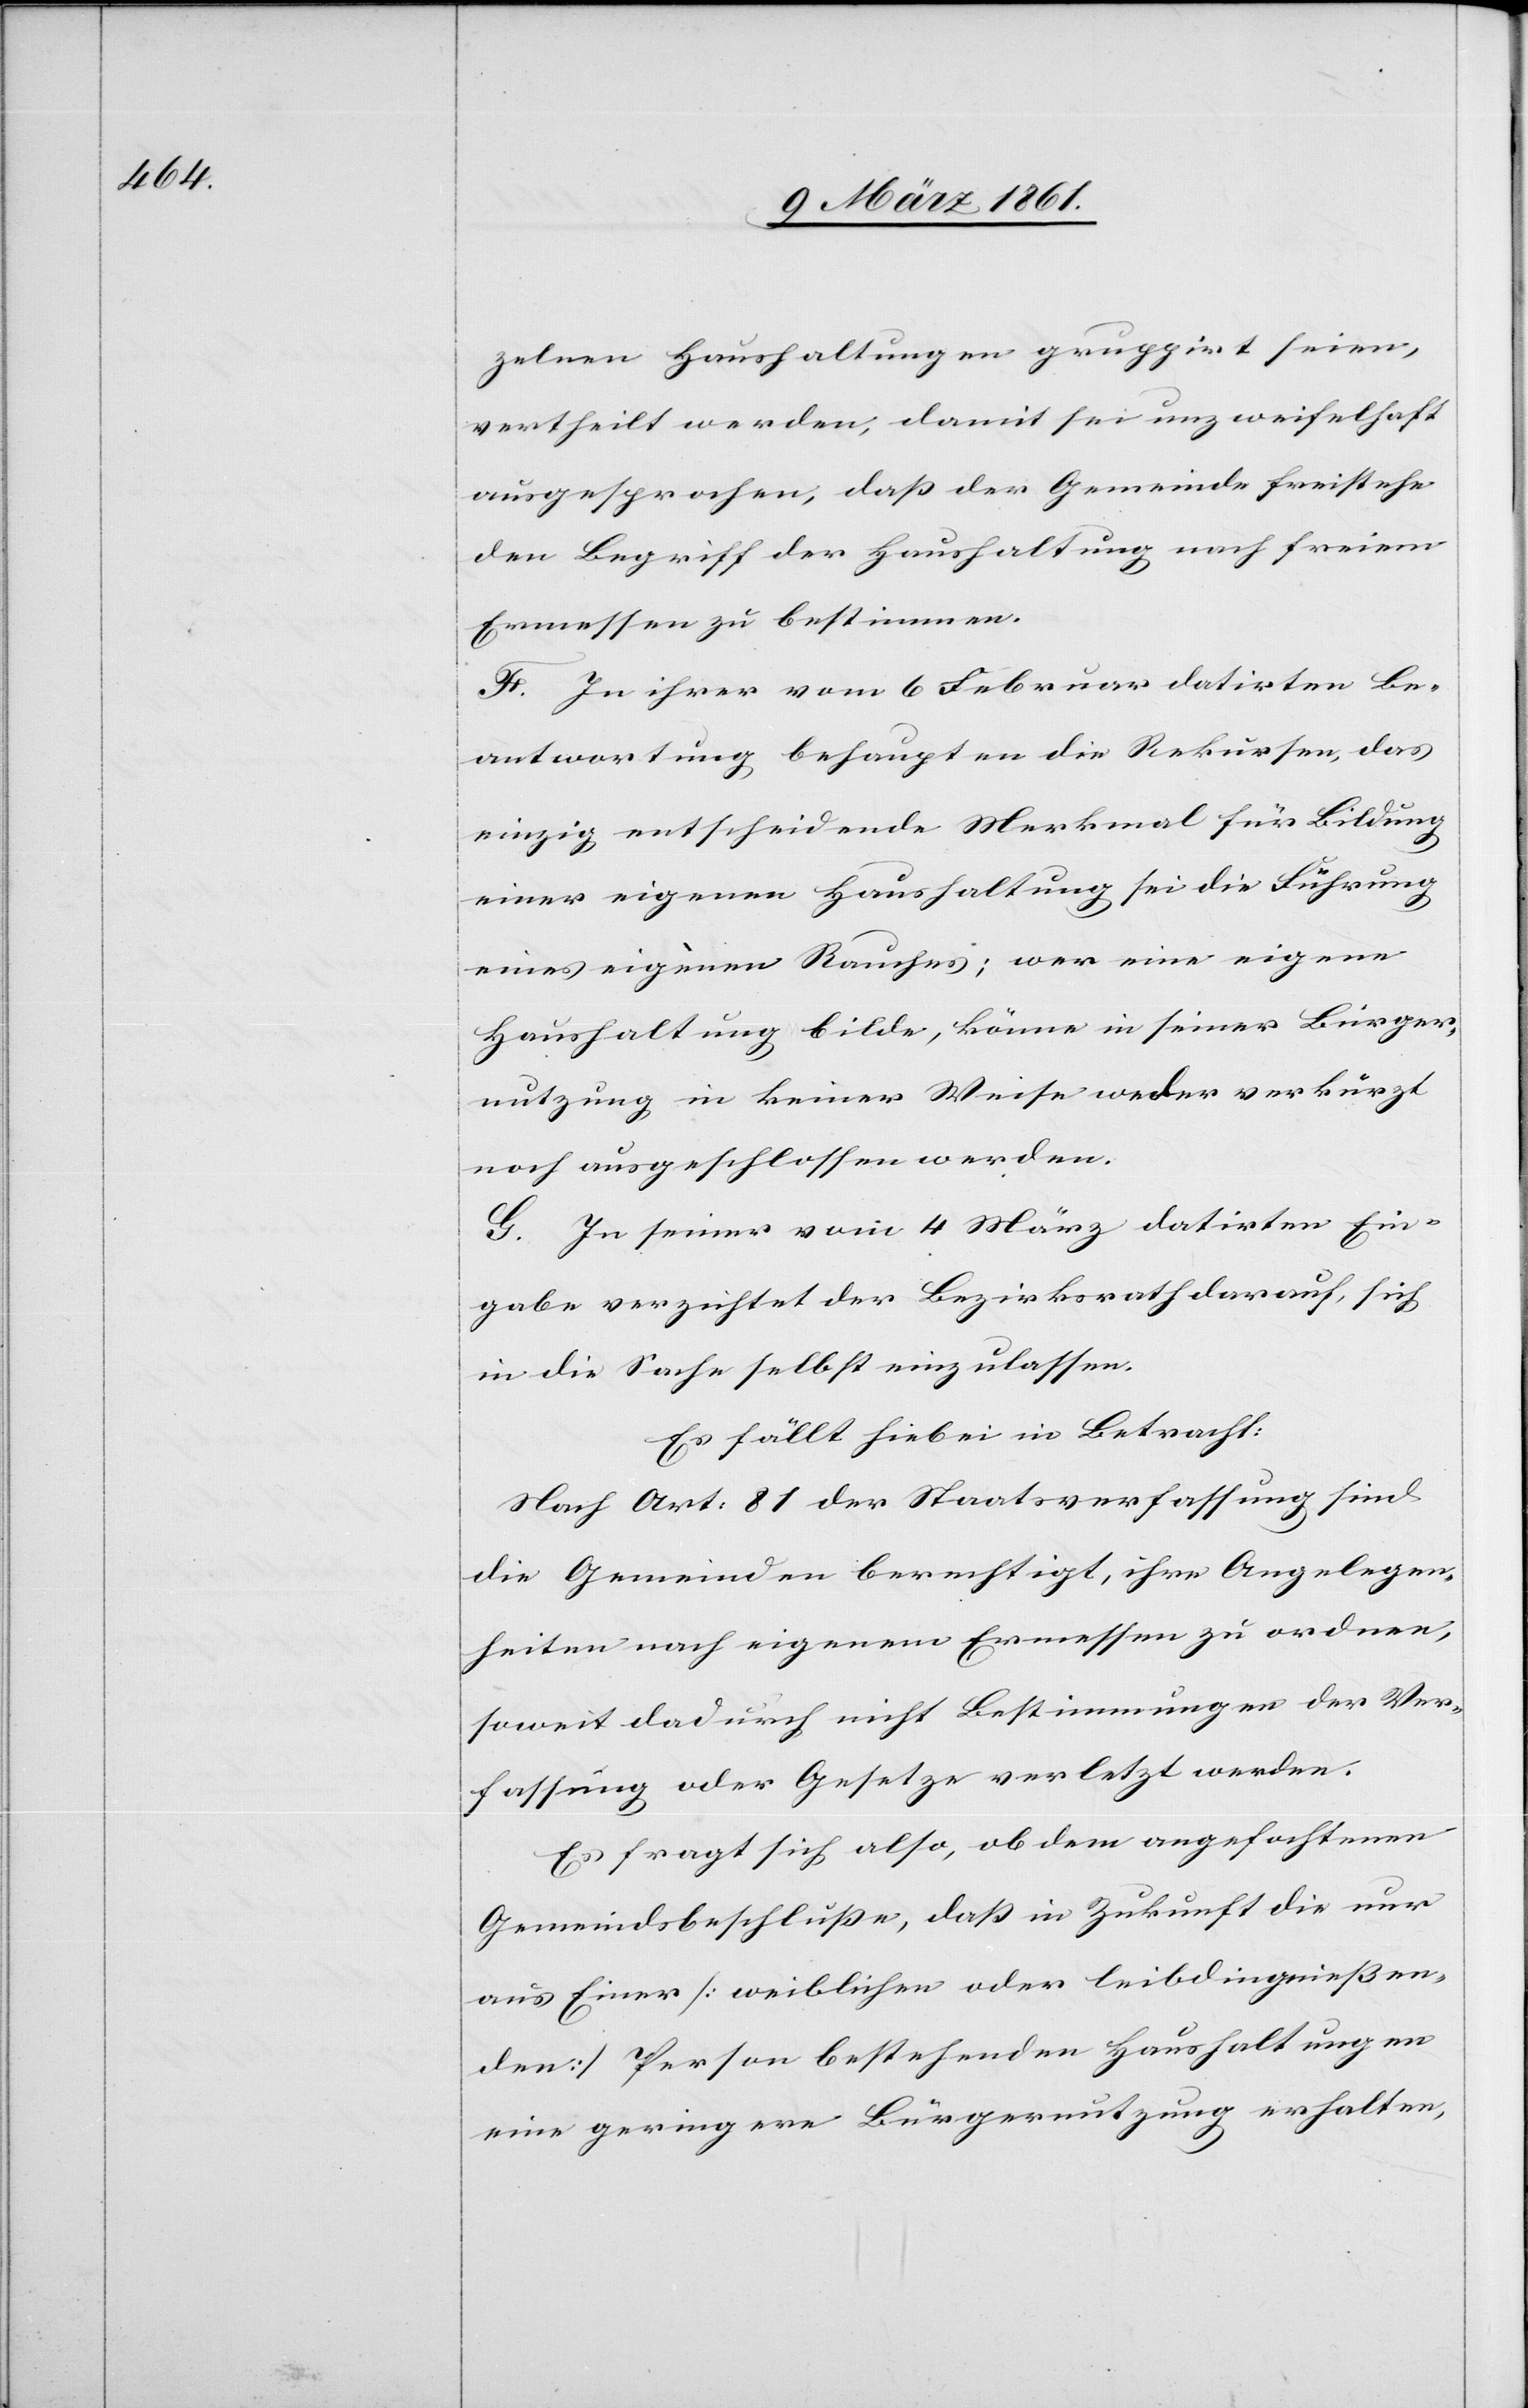
zelnen Haushaltungen gruppirt seien,
vertheilt werden, damit sei unzweifelhaft
ausgesprochen, dass der Gemeinde freistehe
den Begriff der Haushaltung nach freiem
Ermessen zu bestimmen.
F. In ihrer vom 6 Februar datirten Be¬
antwortung behaupten die Rekursen, das
einzig entscheidende Merkmal für Bildung
einer eigenen Haushaltung sei die Führung
eines eigenen Rauches; wer einen eigene
Haushaltung bilde, könne in seiner Bürger¬
nutzung in keiner Weise weder verkürzt
noch ausgeschlossen werden.
G. In seiner vom 4 März datirten Ein¬
gabe verzichtet der Bezirksrath darauf, sich
in die Sache selbst einzulassen.
Es fällt hiebei in Betracht:
Nach Art: 81 der Staatsverfassung sind
die Gemeinden berechtigt, ihre Angelegen¬
heiten nach eigenem Ermessen zu ordnen,
soweit dadurch nicht Bestimmungen der Ver¬
fassung oder Gesetze verletzt werden.
Es fragt sich also, ob dem angefochtenen
Gemeindsbeschlusse, dass in Zukunft die nur
aus Einer (weiblicher oder leibdingniessen¬
den) Person bestehenden Haushaltungen
eine geringere Bürgernutzung erhalten